Vaccination Hyderabad 1890-1903 - 1890-1903
Year: 1890
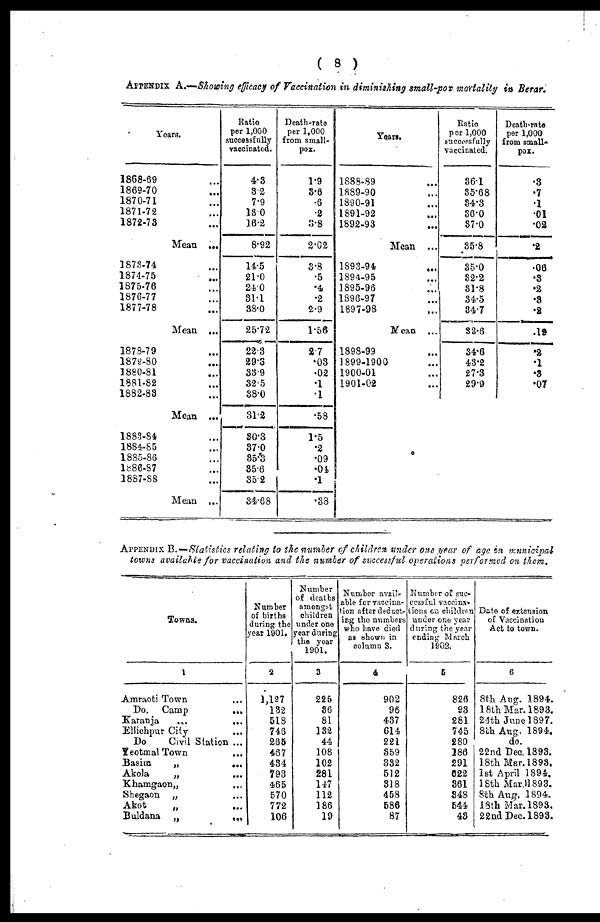
( 8 )
APPENDIX A.—Showing efficacy of Vaccination in diminishing small-pox mortality in Berar.
Years.
1868-69 ...
1869-70 ...
1870-71 ...
1871-72 ...
1872-73 ...
Mean ...
1873-74 ...
1874-75 ...
1875-76 ...
1876-77 ...
1877-78 ...
Mean ...
1878-79 ...
1879-80 ...
1880-81 ...
1881-82 ...
1882-83
Mean ...
1883-84 ...
1884-85 ...
1885-86 ...
1886-87 ...
1887-88 ...
Mean ...
Ratio
per 1,000
successfully
vaccinated.
4.3
3.2
7.9
13.0
16.2
8.92
14.5
21.0
24.0
31.1
38.0
25.72
22.3
29.3
33.9
32.5
38.0
31.2
30.3
37.0
35.3
35.6
35.2
34.68
Death-rate
per 1,000
from small-
pox.
1.9
3.6
.6
.2
3.8
2.02
3.8
.5
.4
.2
2.9
1.56
2.7
.03
.02
.1
.1
.58
1.5
.2
.09
.04
.1
.38
Years.
1888.89 ...
1889-90 ...
1890-91 ...
1891-92 ...
1892-93 ...
Mean ...
1893-94 ...
1894-95 ...
1895-96...
1896-97 ...
1897-98 ...
Mean ...
1898-99 ...
1899-1900 ...
1900-01 ...
1901-02 ...
Ratio
per 1,000
successfully
vaccinated.
36.1
35.68
34.3
36.0
37.0
35.8
35.0
32.2
31.8
34.5
34.7
33.6
34.6
43.2
27.3
29.9
Death-rate
per 1,000
from small-
pox.
.3
.7
.1
.01
.02
.2
.06
.3
.2
.3
.2
.19
.2
.1
.3
.07
APPENDIX B.—Statistics relating to the number of children under one year of age in municipal
towns available for vaccination and the number of successful operations performed on them.
Towns.
1
Amraoti Town ...
Do. Camp
...
Karanja
...
...
Ellichpur City ...
Do
Civil Station ...
Yeotmal Town
...
Basim
„
...
Akola
„
...
Khamgaon„ ...
Shegaon „ ...
Akot
„
...
Buldana „
...
Number
of births
during the
year 1901.
2
1,127
132
518
746
265
467
434
793
465
570
772
106
Number
of deaths
amongst
children
under one
year during
the year
1901.
3
225
36
81
132
44
108
102
281
147
112
186
19
Number avail-
able for vaccina-
tion after deduct-
ing the numbers
who have died
as shown in
column 3.
4
902
96
437
614
221
359
332
512
318
458
586
87
Number of suc-
cessful vaccina-
tions on children
under one year
during the year
ending March
1902.
5
826
93
281
745
280
186
291
622
361
348
544
43
Date of extension
of Vaccination
Act to town.
6
8th Aug. 1894.
18th Mar. 1893.
24th June1897.
8th Aug. 1894.
do.
22nd Dec, 1893.
18th Mar. 1893.
1st April 1894.
18th Mar.1893.
8th Aug. 1894.
18th Mar. 1893.
22nd Dec. 1893.